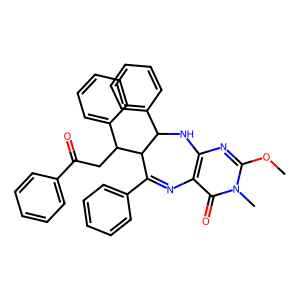
SMILES: COc1nc2c(c(=O)n1C)N=C(c1ccccc1)C(C(CC(=O)c1ccccc1)c1ccccc1)C(c1ccccc1)N2
Inhibits HIV replication: No